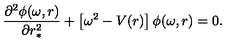
\frac { \partial ^ { 2 } \phi ( \omega , r ) } { \partial r _ { * } ^ { 2 } } + \left\lbrack \omega ^ { 2 } - V ( r ) \right\rbrack \phi ( \omega , r ) = 0 .